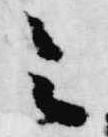
令